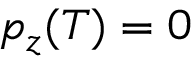
p _ { z } ( T ) = 0